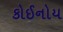
કોઈનોય